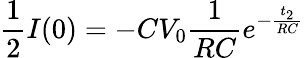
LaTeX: \frac{1}{2}I(0)=-CV_{0}\frac{1}{RC}e^{-\frac{t_{2}}{RC}}